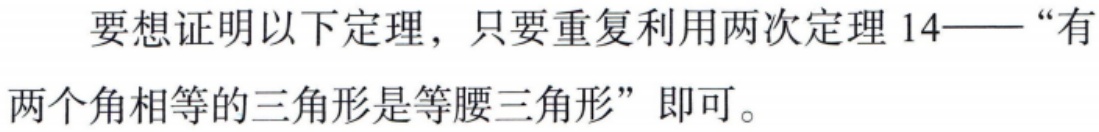
要想证明以下定理，只要重复利用两次定理 14——“有两个角相等的三角形是等腰三角形”即可。